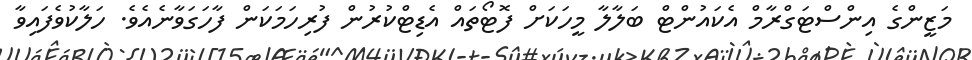
މަޒީންގެ އިންސްޓަގްރާމް އެކައުންޓް ބަލާލާ މީހަކަށް ފޮޓޯތައް އެޑިޓްކުރުން ފުރިހަމަކަން ފާހަގަވާނެއެވެ. ހަލާކުވެފައިވާ